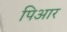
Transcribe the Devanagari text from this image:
पिआर